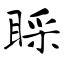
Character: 睬